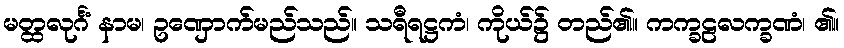
မတ္ထလုင်္ဂံ နာမ၊ ဥဏှောက်မည်သည်။ သရီရဋ္ဌကံ၊ ကိုယ်၌ တည်၏။ ကက္ခဠလက္ခဏံ၊ ၏။